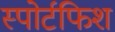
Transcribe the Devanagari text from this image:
स्पोर्टफिश